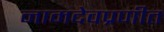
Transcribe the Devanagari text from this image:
नामदेवप्रणीत